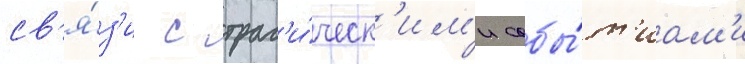
св'я́з'и с траг'и́ческ'им'и собы́т'иам'и